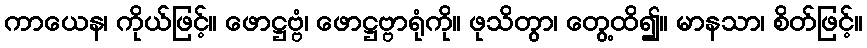
ကာယေန၊ ကိုယ်ဖြင့်။ ဖောဋ္ဌဗ္ဗံ၊ ဖောဋ္ဌဗ္ဗာရုံကို။ ဖုသိတွာ၊ တွေ့ထိ၍။ မာနသာ၊ စိတ်ဖြင့်။